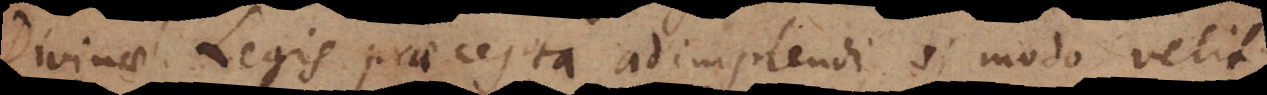
Divinae Legis praecepta adimplendi si modo velit.